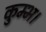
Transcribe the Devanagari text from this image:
कुम्भ।